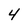
Character: 4